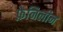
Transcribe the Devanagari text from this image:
फ़ेनिलीन